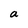
Character: a